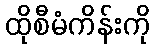
ထိုစီမံကိန်းကို